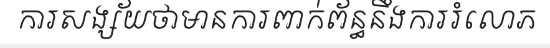
ការសង្ស័យថាមានការពាក់ព័ន្ធនឹងការរំលោភ